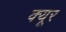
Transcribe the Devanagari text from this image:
क्यूर